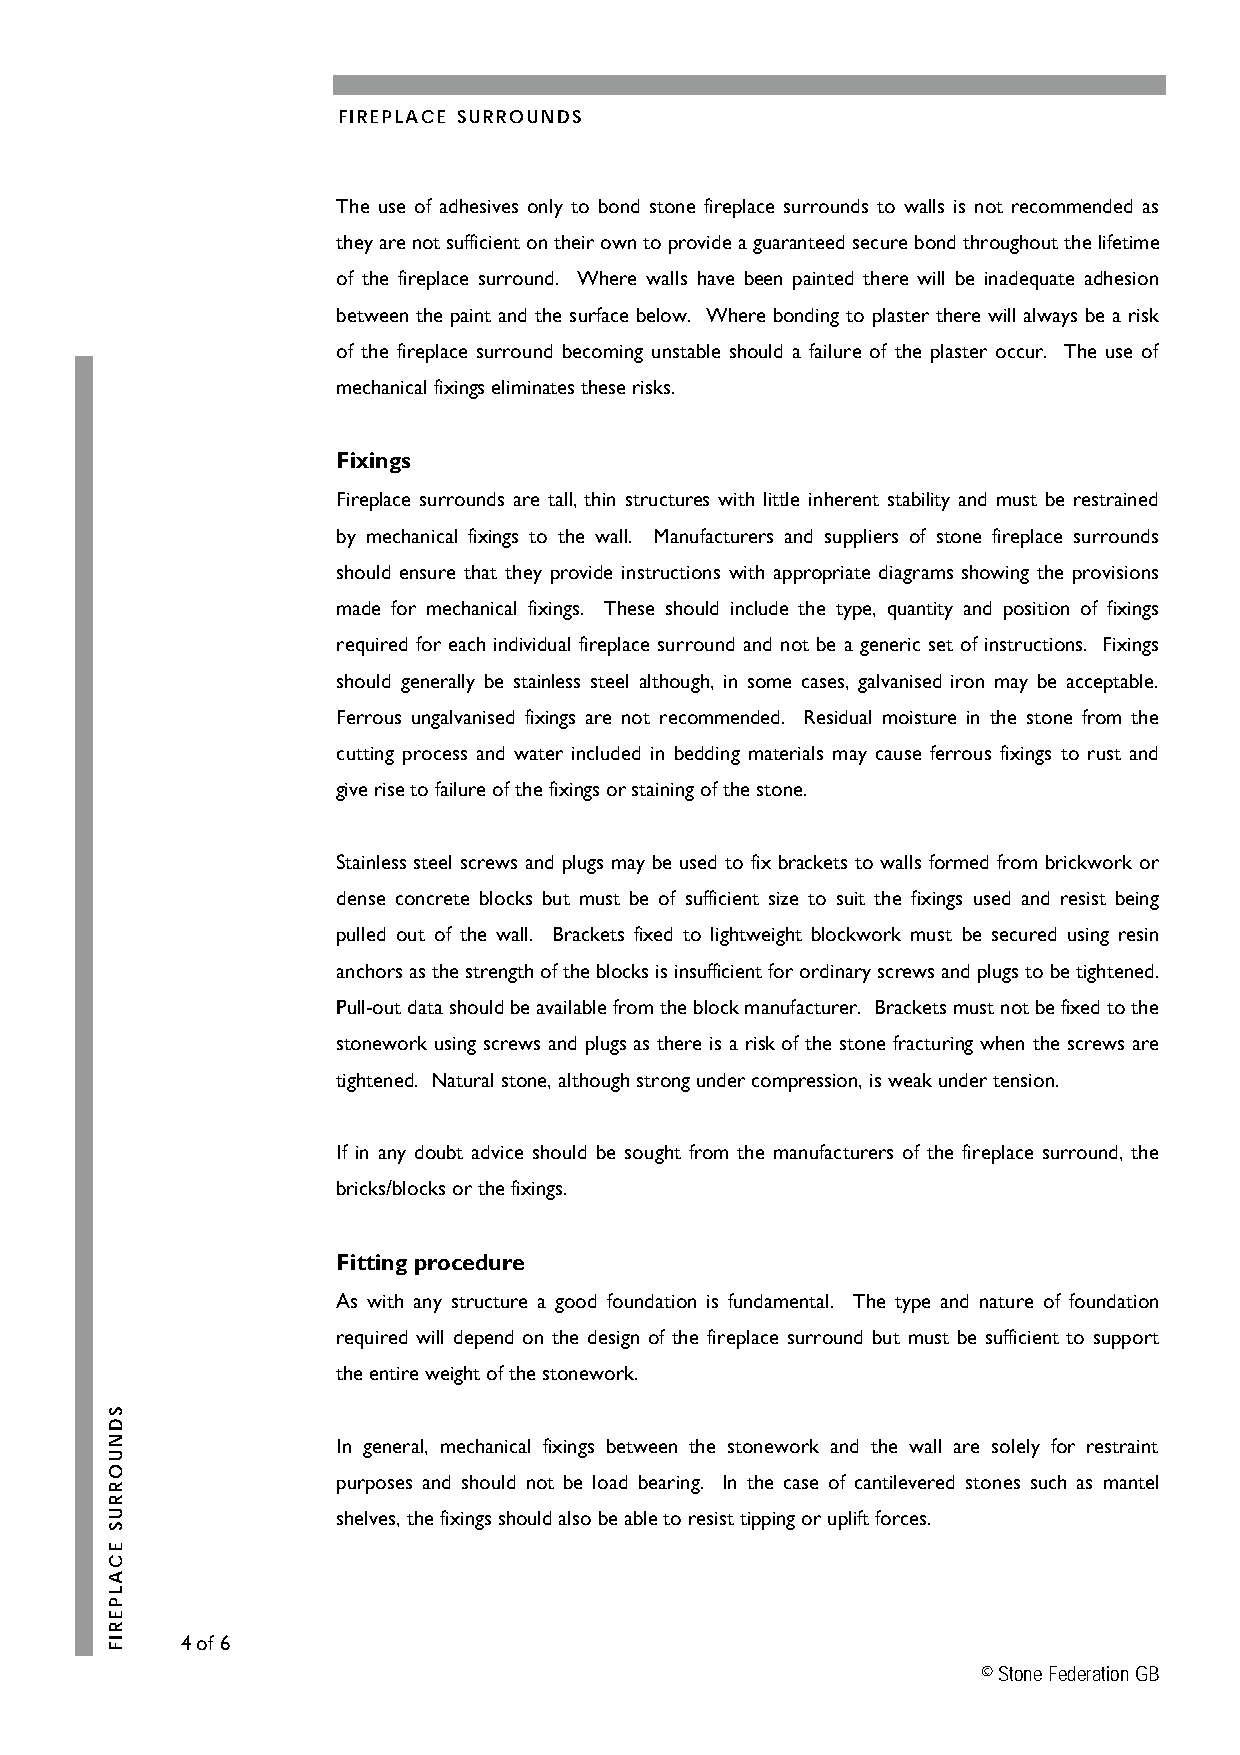
FIREPLACE SURROUNDS
 The use of adhesives only to bond stone fireplace surrounds to walls is not recommended as
 they are not sufficient on their own to provide a guaranteed secure bond throughout the lifetime
 of the fireplace surround. Where walls have been painted there will be inadequate adhesion
 between the paint and the surface below. Where bonding to plaster there will always be a risk
 of the fireplace surround becoming unstable should a failure of the plaster occur. The use of
 mechanical fixings eliminates these risks.
 Fixings
 Fireplace surrounds are tall, thin structures with little inherent stability and must be restrained
 by mechanical fixings to the wall. Manufacturers and suppliers of stone fireplace surrounds
 should ensure that they provide instructions with appropriate diagrams showing the provisions
 made for mechanical fixings. These should include the type, quantity and position of fixings
 required for each individual fireplace surround and not be a generic set of instructions. Fixings
 should generally be stainless steel although, in some cases, galvanised iron may be acceptable.
 Ferrous ungalvanised fixings are not recommended. Residual moisture in the stone from the
 cutting process and water included in bedding materials may cause ferrous fixings to rust and
 give rise to failure of the fixings or staining of the stone.
 Stainless steel screws and plugs may be used to fix brackets to walls formed from brickwork or
 dense concrete blocks but must be of sufficient size to suit the fixings used and resist being
 pulled out of the wall. Brackets fixed to lightweight blockwork must be secured using resin
 anchors as the strength of the blocks is insufficient for ordinary screws and plugs to be tightened.
 Pull-out data should be available from the block manufacturer. Brackets must not be fixed to the
 stonework using screws and plugs as there is a risk of the stone fracturing when the screws are
 tightened. Natural stone, although strong under compression, is weak under tension.
 If in any doubt advice should be sought from the manufacturers of the fireplace surround, the
 bricks/blocks or the fixings.
 Fitting procedure
 As with any structure a good foundation is fundamental. The type and nature of foundation
 required will depend on the design of the fireplace surround but must be sufficient to support
 the entire weight of the stonework.
 In general, mechanical fixings between the stonework and the wall are solely for restraint
 purposes and should not be load bearing. In the case of cantilevered stones such as mantel
 shelves, the fixings should also be able to resist tipping or uplift forces.
 4 of 6
 © Stone Federation GB
 SDNUORRUS
 ECALPERIF